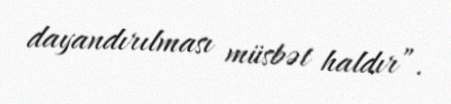
dayandırılması müsbət haldır”.